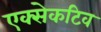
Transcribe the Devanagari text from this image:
एक्सेकटिव